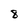
Character: 8